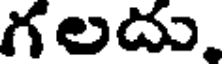
గలదు.